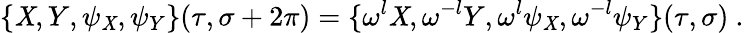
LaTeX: \{ \mathit{X},Y,\psi_{\mathit{X}},\psi_{Y}\} (\tau,\sigma+2\pi)=\{ \omega^{l}\mathit{X},\omega^{-l}Y,\omega^{l}\psi_{\mathit{X}},\omega^{-l}\psi_{Y}\} (\tau,\sigma)~.